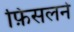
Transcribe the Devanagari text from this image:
फ़िसलने